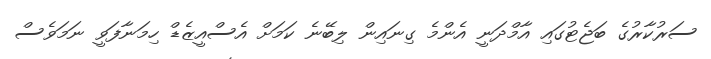
ސަރުކާރުގެ ބަޖެޓުގައި އާމްދަނީ އެންމެ ގިނައިން ލިބޭނެ ކަމަށް އެސްއީޒެޑް ހިމަނާފަވީ ނަމަވެސް